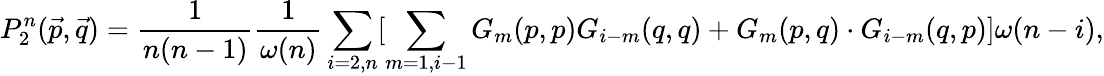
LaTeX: P_{2}^{n}(\vec{p},\vec{q})=\frac{1}{n(n-1)}\frac{1}{\omega(n)}\sum_{i=2,n}[\sum_{m=1,i-1}G_{m}(p,p)G_{i-m}(q,q)+G_{m}(p,q)\cdot G_{i-m}(q,p)]\omega(n-i),